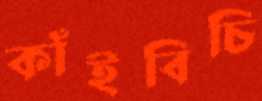
কাঁইবিচি